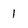
Character: 1